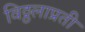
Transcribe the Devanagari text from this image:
विठ्ठलाप्रती